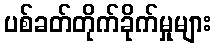
ပစ်ခတ်တိုက်ခိုက်မှုများ